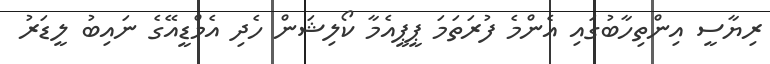
ރިޔާސީ އިންތިހާބުގައި އެންމެ ފުރަތަމަ ޕީޕީއެމާ ކޯލިޝަން ހެދި އެމްޑީއޭގެ ނައިބު ލީޑަރު